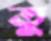
তু